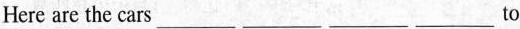
Here are the cars ___ ___ ___ ___ to